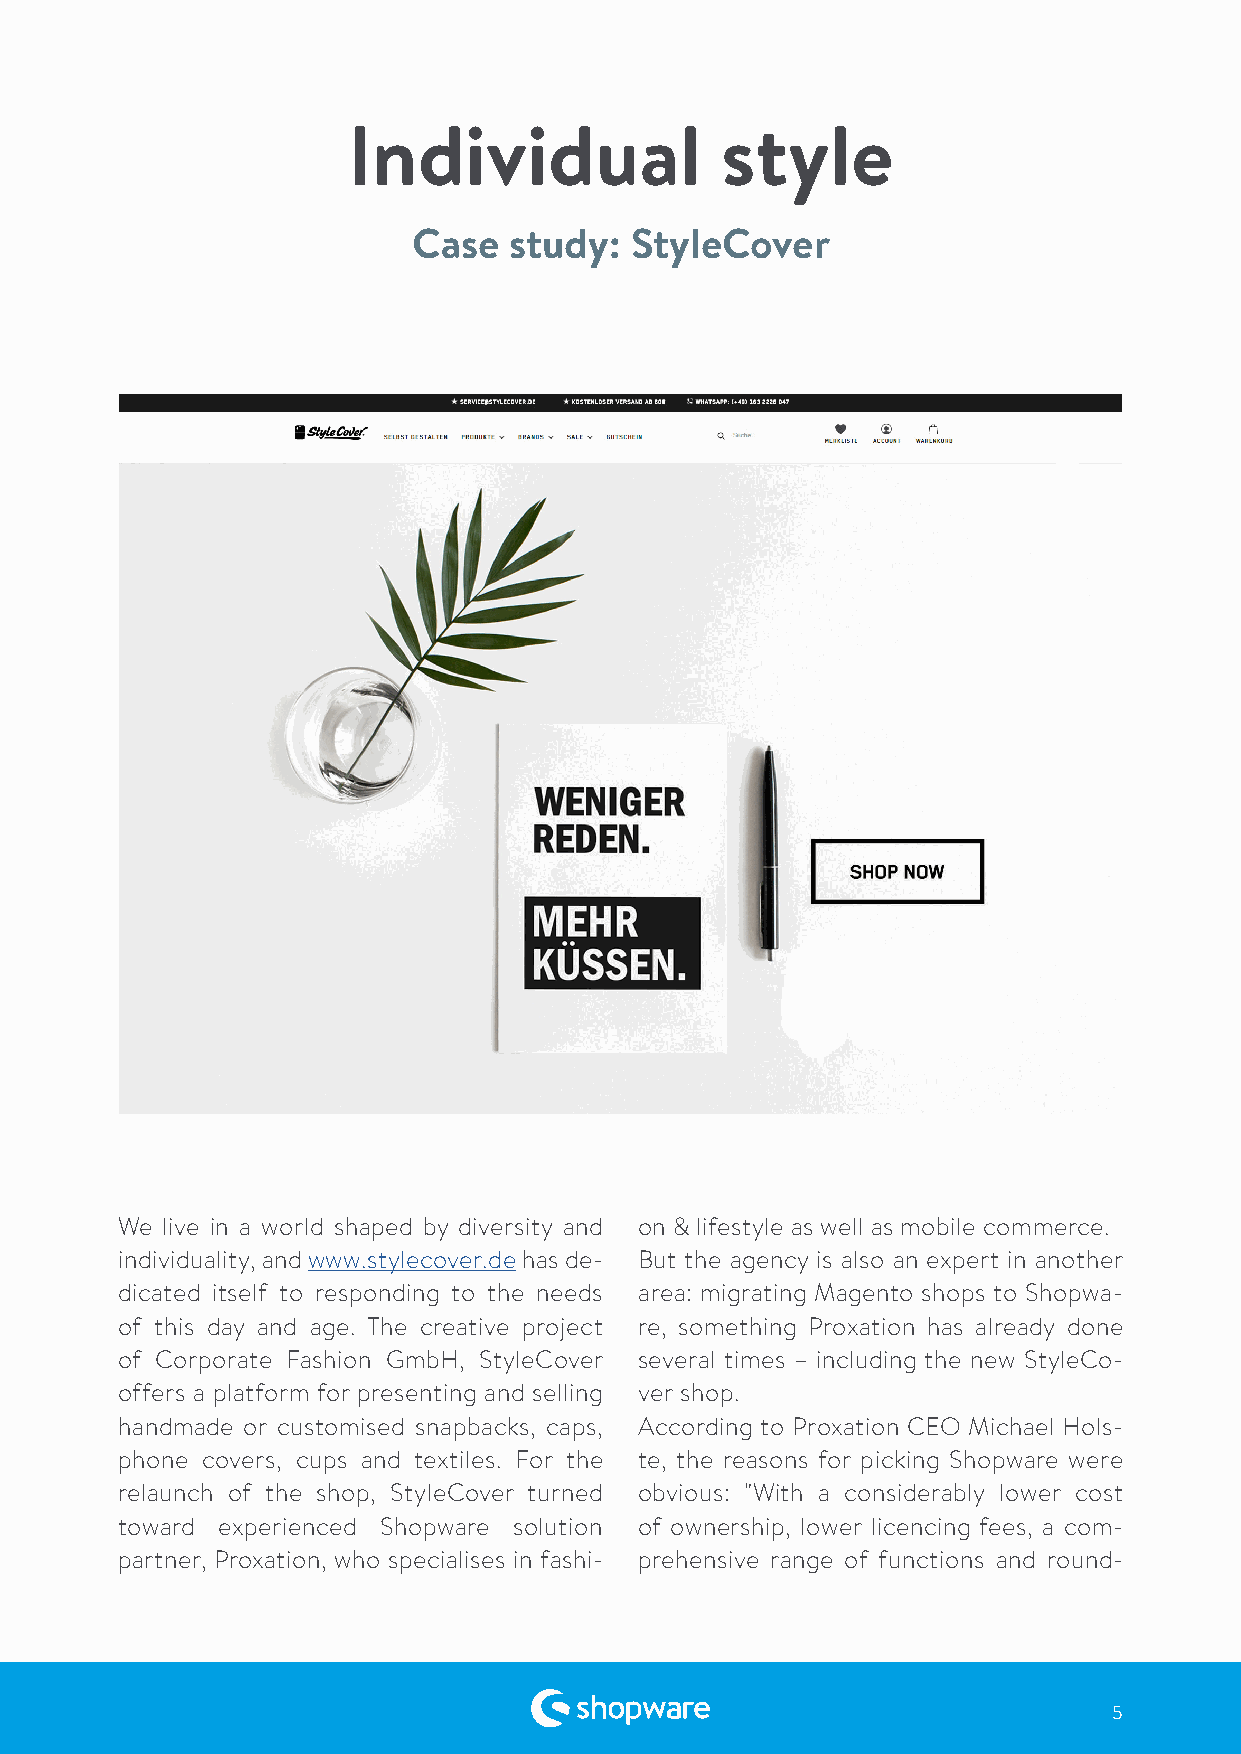
Individual               style
 Case   study:  StyleCover
 We live in a world shaped by diversity and on & lifestyle as well as mobile commerce.
 individuality, and www.stylecover.de has de- But the agency is also an expert in another
 dicated itself to responding to the needs area: migrating Magento shops to Shopwa-
 of this day and age. The creative project re, something Proxation has already done
 of Corporate Fashion GmbH, StyleCover several times – including the new StyleCo-
 offers a platform for presenting and selling ver shop.
 handmade or customised snapbacks, caps, According to Proxation CEO Michael Hols-
 phone covers, cups and textiles. For the te, the reasons for picking Shopware were
 relaunch of the shop, StyleCover turned obvious: "With a considerably lower cost
 toward experienced Shopware solution of ownership, lower licencing fees, a com-
 partner, Proxation, who specialises in fashi- prehensive range of functions and round-
 5